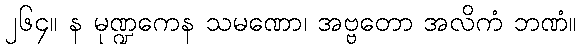
၂၆၄။ န မုဏ္ဍကေန သမဏော၊ အဗ္ဗတော အလိကံ ဘဏံ။